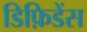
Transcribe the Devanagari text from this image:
डिफ़िडेंस